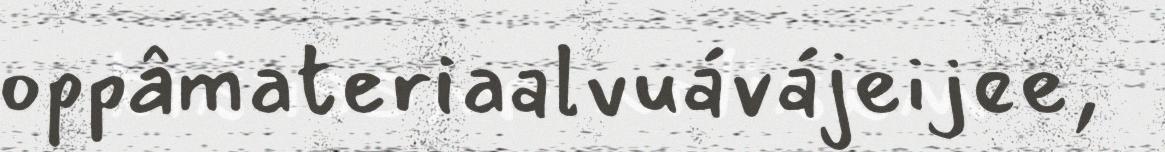
oppâmateriaalvuávájeijee,